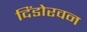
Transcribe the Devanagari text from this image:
दिंडोरवन